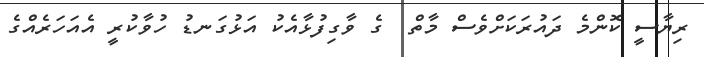
ރިޔާސީ ކޮންމެ ދައުރަކަށްވެސް މާތް  ގެ ވާގިފުޅާއެކު އަޅުގަނޑު ހުވާކުރީ އެއަހަރެއްގެ